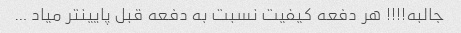
جالبه!!!! هر دفعه کیفیت نسبت به دفعه قبل پایینتر میاد …